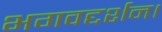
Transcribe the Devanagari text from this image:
भगवद्दर्शन।